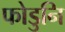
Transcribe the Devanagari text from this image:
फोडुनि